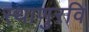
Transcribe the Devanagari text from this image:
स्थाणुरवि